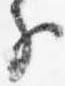
子